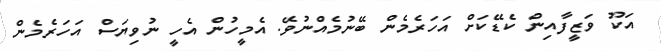
އަކޫ ވަޒީފާއިން ކެޑޭކަށް އަހަރެމެން ބޭނުމެއްނުވޭ. އެމީހުން އެހީ ނުވިޔަސް އަހަރެމެން